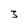
Character: 3